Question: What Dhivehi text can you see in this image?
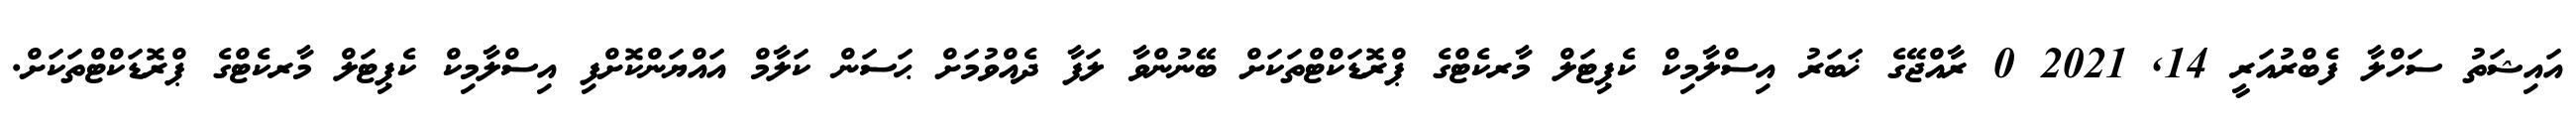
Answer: އައިޝަތު ސަހްލާ ފެބްރުއަރީ 14, 2021 0 ރާއްޖޭގެ ޚަބަރު އިސްލާމިކް ކެޕިޓަލް މާރކެޓްގެ ޕްރޮޑަކްޓްތަކަށް ބޭނުންވާ ލަފާ ދެއްވުމަށް ޙަސަން ކަލާމް އައްޔަންކޮށްފި އިސްލާމިކް ކެޕިޓަލް މާރކެޓްގެ ޕްރޮޑަކްޓްތަކަށް.